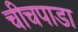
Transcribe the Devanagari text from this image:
चीचपाडा